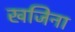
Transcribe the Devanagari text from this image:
खजिना